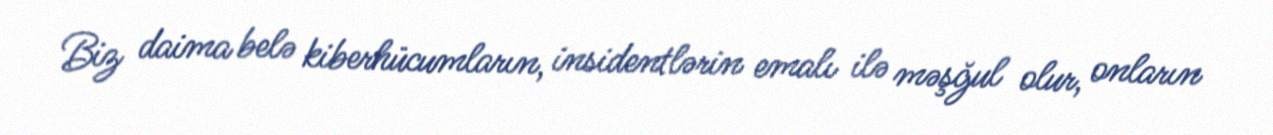
Biz daima belə kiberhücumların, insidentlərin emalı ilə məşğul olur, onların